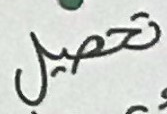
تحصيل